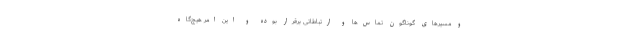
و مسیرهای گوناگون تماس‌ها و ارتباطاتی برقرار بوده و این امر هیچ‌گاه